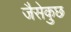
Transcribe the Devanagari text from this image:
जैसेकुछ